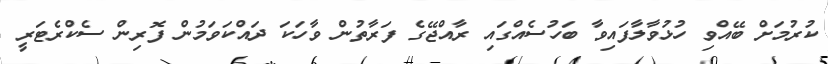
ކުރުމަށް ބޭއްވި ހުޅުވާލާފައިވާ ބަހުސެއްގައި ރާއްޖޭގެ ފަރާތުން ވާހަކަ ދައްކަވަމުން ފޮރިން ސެކްރެޓަރީ